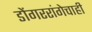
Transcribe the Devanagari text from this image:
डोंगररांगेचाही